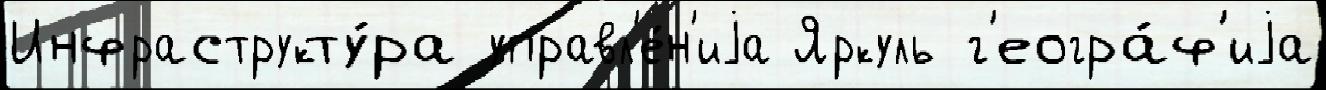
Инфраструкту́ра управл'е́н'иjа Яркуль г'еогра́ф'иjа